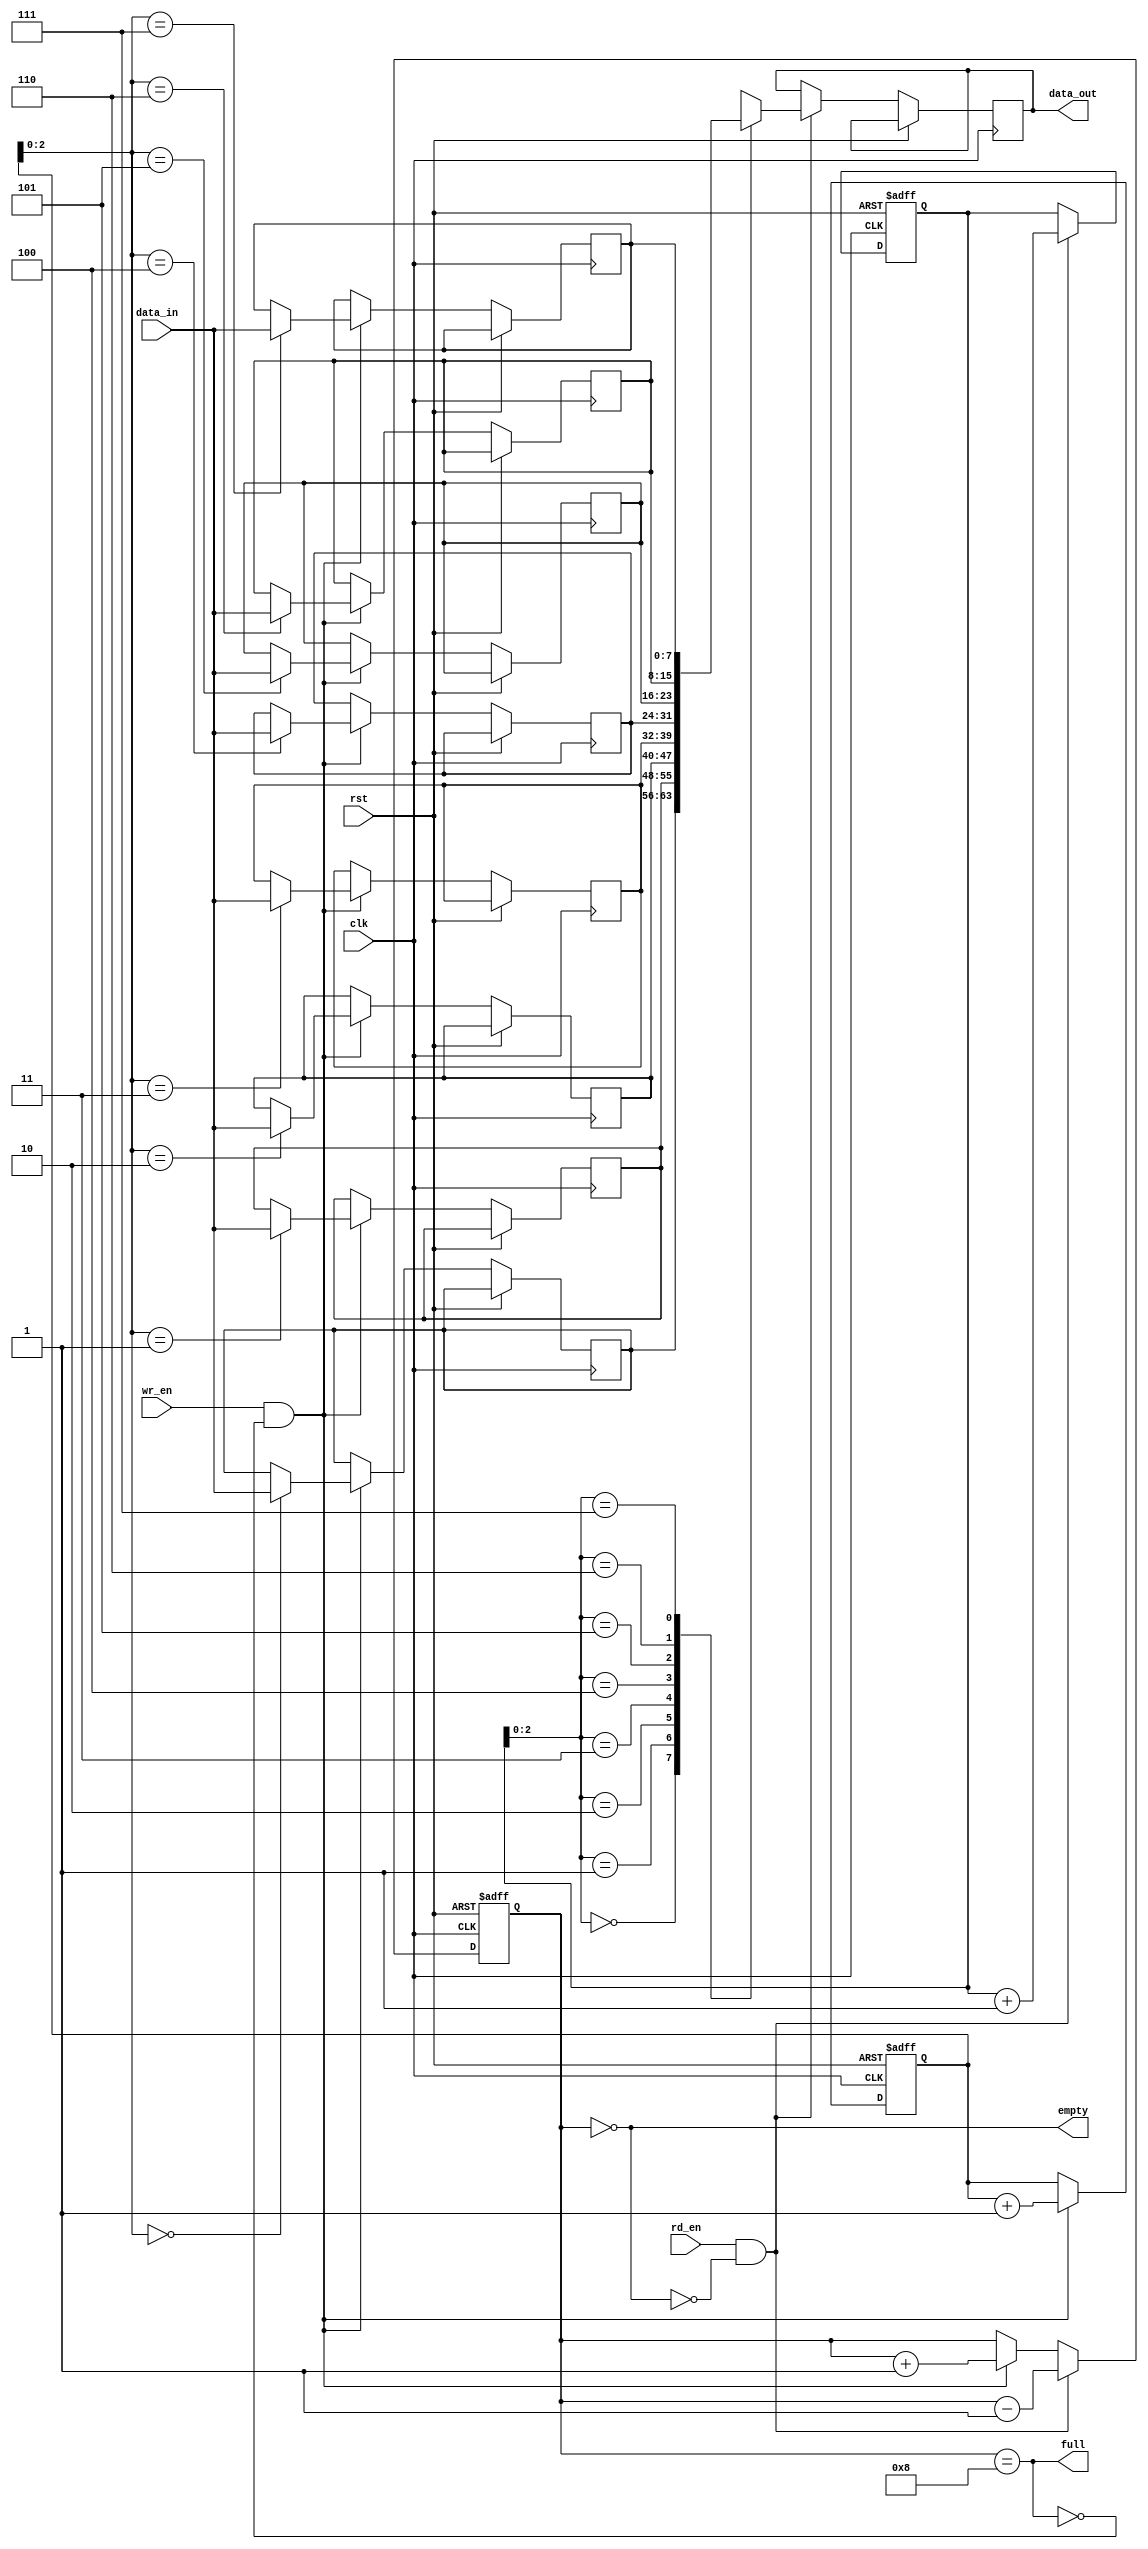
module circular_fifo (
  input wire clk,
  input wire rst,
  input wire wr_en,
  input wire rd_en,
  input wire [DATA_WIDTH-1:0] data_in,
  output wire [DATA_WIDTH-1:0] data_out,
  output wire full,
  output wire empty
);

parameter DEPTH = 8;
parameter DATA_WIDTH = 8;

reg [DATA_WIDTH-1:0] fifo [0:DEPTH-1];
reg [DATA_WIDTH-1:0] data_out_reg;
reg [DATA_WIDTH-1:0] read_ptr;
reg [DATA_WIDTH-1:0] write_ptr;
reg [DEPTH-1:0] full_counter;

always @ (posedge clk or posedge rst) begin
  if (rst) begin
    read_ptr <= 0;
    write_ptr <= 0;
    full_counter <= 0;
  end else begin
    if (wr_en && !full) begin
      fifo[write_ptr] <= data_in;
      write_ptr <= write_ptr + 1;
      full_counter <= full_counter + 1;
    end
    if (rd_en && !empty) begin
      data_out_reg <= fifo[read_ptr];
      read_ptr <= read_ptr + 1;
      full_counter <= full_counter - 1;
    end
  end
end

assign data_out = data_out_reg;
assign full = (full_counter == DEPTH);
assign empty = (full_counter == 0);

endmodule